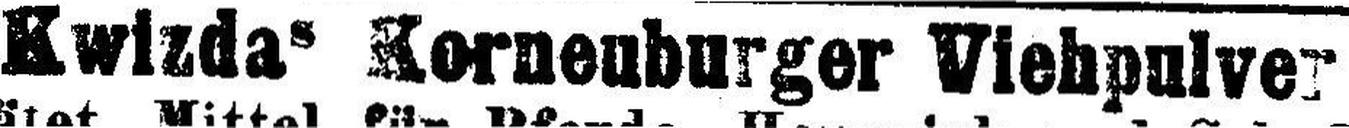
Kwizdas Korneuburger Viehpulver